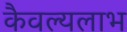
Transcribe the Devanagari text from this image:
कैवल्यलाभ